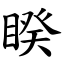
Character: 睽